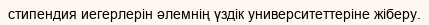
стипендия иегерлерін әлемнің үздік университеттеріне жіберу.